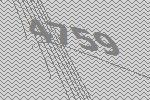
4759